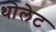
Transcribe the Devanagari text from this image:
थोलेट